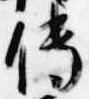
伝